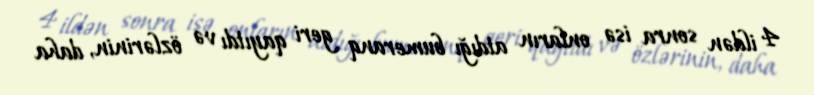
4 ildən sonra isə onların atdığı bumeranq geri qayıtdı və özlərinin, daha